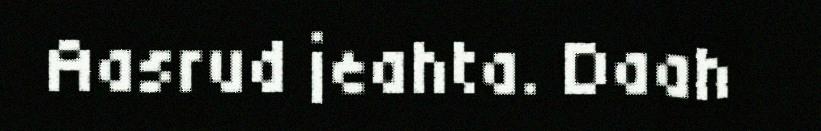
Aasrud jeahta. Daah